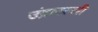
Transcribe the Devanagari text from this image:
उंद्रावल्ली